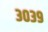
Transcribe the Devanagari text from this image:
३०३९